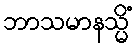
ဘာသမာနသ္မိံ